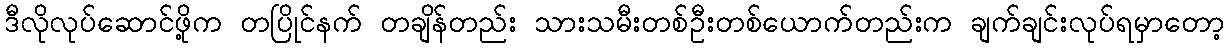
ဒီလိုလုပ်ဆောင်ဖို့က တပြိုင်နက် တချိန်တည်း သားသမီးတစ်ဦးတစ်ယောက်တည်းက ချက်ချင်းလုပ်ရမှာတော့